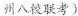
州八联考)